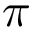
\pi